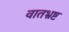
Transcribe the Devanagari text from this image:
वातभ्रष्ट